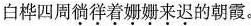
白桦四周徜徉着姗姗来迟的朝霞。